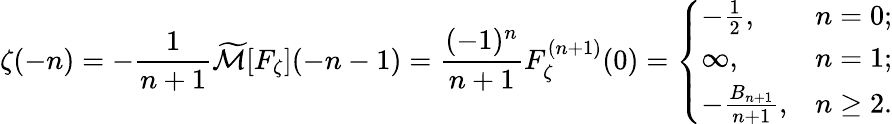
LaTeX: \zeta(-n)=-{\frac{1}{n+1}}{\widetilde{\mathcal{M}}}[F_{\zeta}](-n-1)={\frac{(-1)^{n}}{n+1}}F_{\zeta}^{(n+1)}(0)={\left\{ \begin{array}{ll}{-{\frac{1}{2}},}&{n=0;}\\ {\infty,}&{n=1;}\\ {-{\frac{B_{n+1}}{n+1}},}&{n\geq 2.}\end{array}\right.}